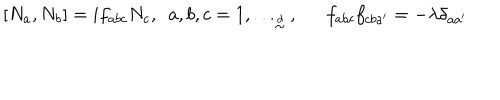
LaTeX: [ N _ { a } , N _ { b } ] = i f _ { a b c } N _ { c } , ~ ~ a , b , c = 1 , . . . _ { \frac { \buildrel d } { \sim } } , f _ { a b c } f _ { c b a ^ { \prime } } = - \lambda \delta _ { a a ^ { \prime } }